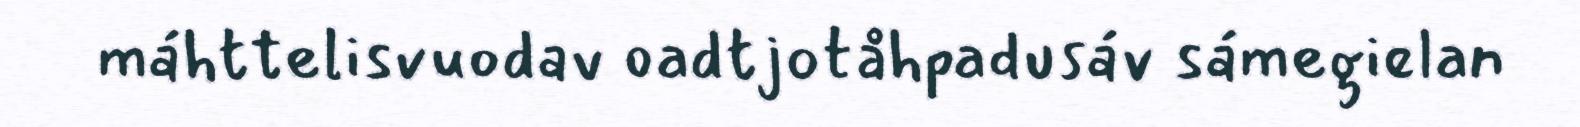
máhttelisvuodav oadtjotåhpadusáv sámegielan